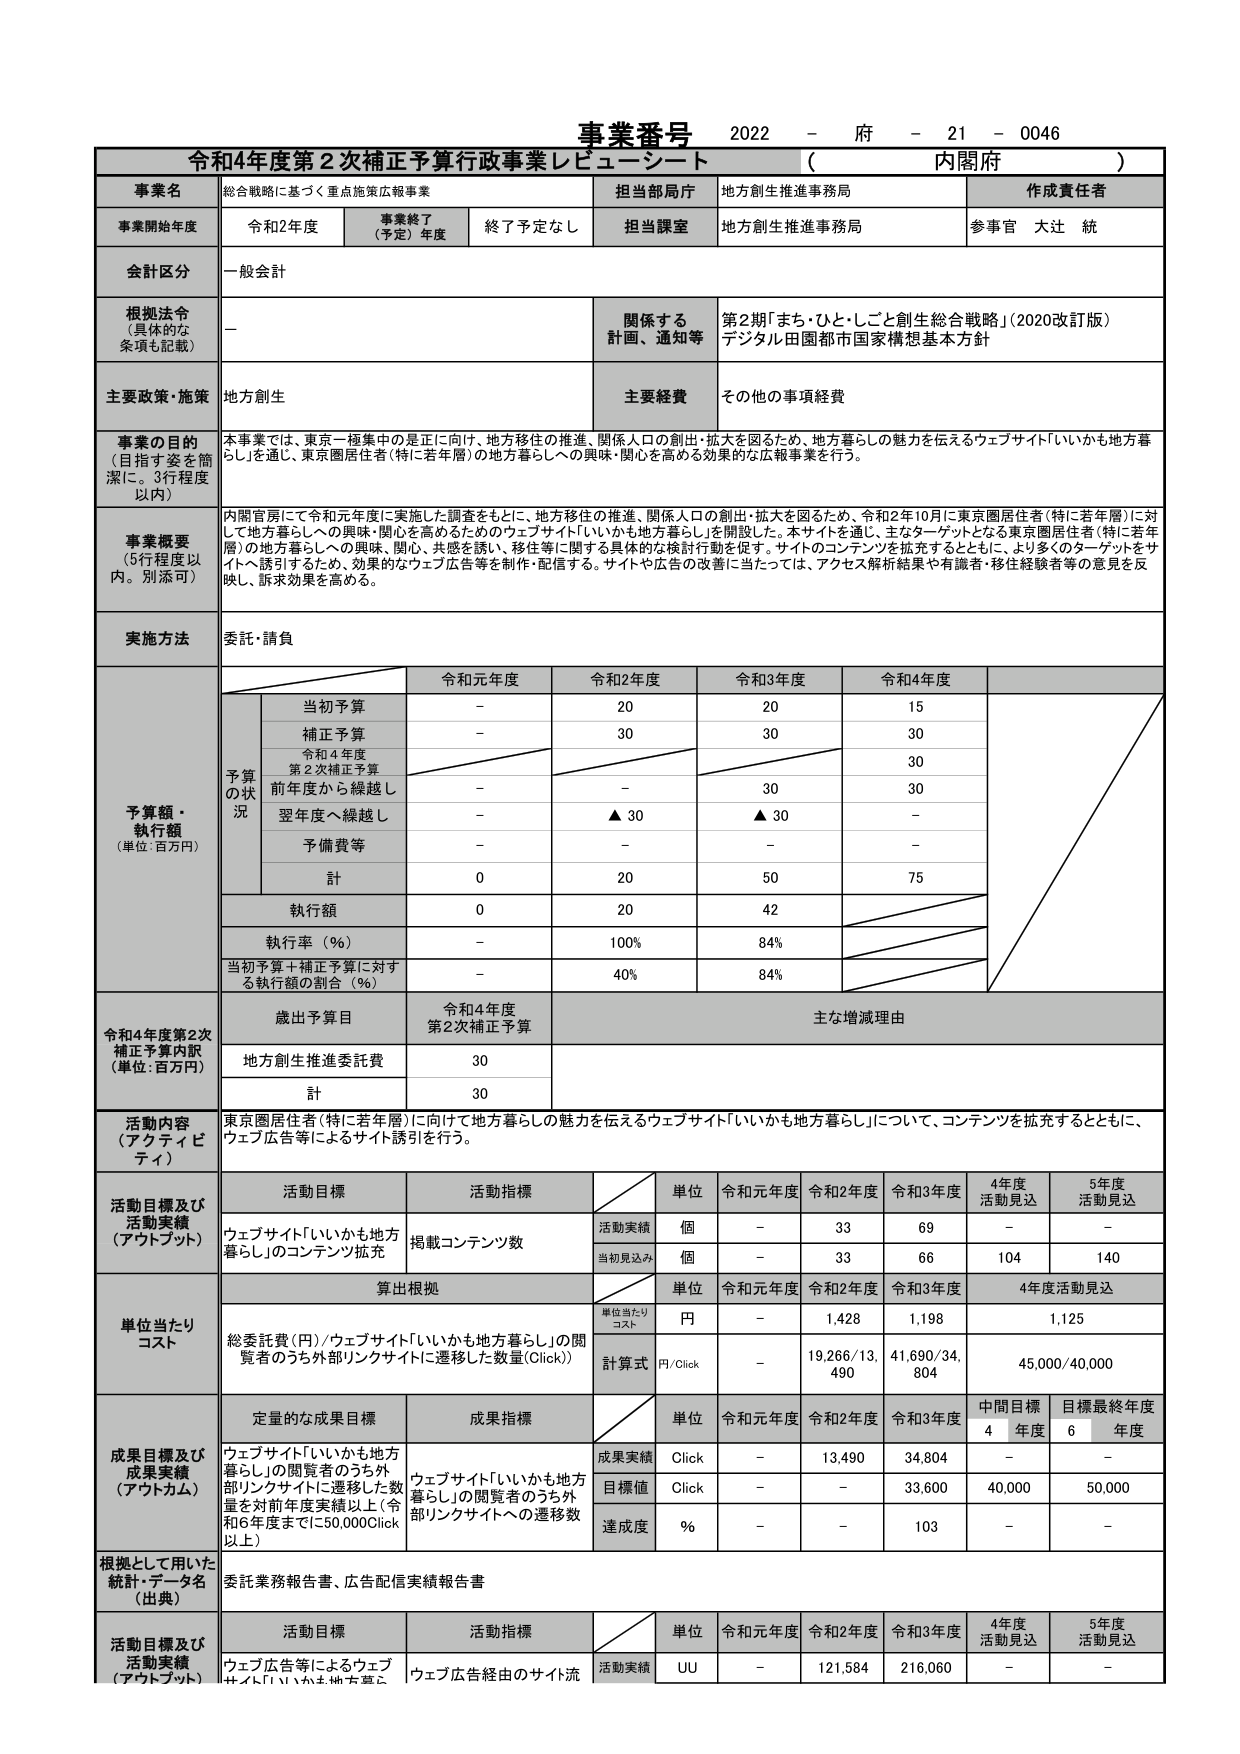
事業番号 2022 - 府 - 21 - 0046
令和4年度第2次補正予算行政事業レビューシート （ 内閣府 ）

事業名 総合戦略に基づく重点施策広報事業
担当部局庁 地方創生推進事務局
作成責任者

事業開始年度 令和2年度 事業終了（予定）年度 終了予定なし 担当課室 地方創生推進事務局 参事官 大辻 統

会計区分 一般会計

根拠法令（具体的な条項も記載） － 関係する計画、通知等 第2期「まち・ひと・しごと創生総合戦略」（2020改訂版） デジタル田園都市国家構想基本方針

主要政策・施策 地方創生 主要経費 その他の事項経費

事業の目的（目指す姿を簡潔に。3行程度以内） 本事業では、東京一極集中の是正に向け、地方移住の推進、関係人口の創出・拡大を図るため、地方暮らしの魅力を伝えるウェブサイト「いいかも地方暮らし」を通じ、東京圏居住者（特に若年層）の地方暮らしへの興味・関心を高める効果的な広報事業を行う。

事業概要（5行程度以内。別添可） 内閣官房にて令和元年度に実施した調査をもとに、地方移住の推進、関係人口の創出・拡大を図るため、令和2年10月に東京圏居住者（特に若年層）に対して地方暮らしへの興味・関心を高めるためのウェブサイト「いいかも地方暮らし」を開設した。本サイトを通じ、主なターゲットとなる東京圏居住者（特に若年層）の地方暮らしへの興味、関心、共感を誘い、移住等に関する具体的な検討行動を促す。サイトのコンテンツを拡充するとともに、より多くのターゲットをサイトへ誘引するため、効果的なウェブ広告等を制作・配信する。サイトや広告の改善に当たっては、アクセス解析結果や有識者・移住経験者等の意見を反映し、訴求効果を高める。

実施方法 委託・請負

予算額・執行額（単位：百万円）
令和元年度 令和2年度 令和3年度 令和4年度
予算の状況
当初予算 － 20 20 15
補正予算 － 30 30 30
令和4年度第2次補正予算 前年度から繰越し － － 30 30
翌年度へ繰越し － ▲30 ▲30 －
予備費等 － － － －
計 0 20 50 75
執行額 0 20 42
執行率（％） － 100% 84%
当初予算＋補正予算に対する執行額の割合（％） － 40% 84%

令和4年度第2次補正予算内訳（単位：百万円）
歳出予算目 令和4年度第2次補正予算 主な増減理由
地方創生推進委託費 30
計 30

活動内容（アクティビティ） 東京圏居住者（特に若年層）に向けて地方暮らしの魅力を伝えるウェブサイト「いいかも地方暮らし」について、コンテンツを拡充するとともに、ウェブ広告等によるサイト誘引を行う。

活動目標及び活動実績（アウトプット）
活動目標 活動指標 単位 令和元年度 令和2年度 令和3年度 4年度活動見込 5年度活動見込
ウェブサイト「いいかも地方暮らし」のコンテンツ拡充 掲載コンテンツ数 活動実績 個 － 33 69 － －
当初見込み 個 － 33 66 104 140

単位当たりコスト
算出根拠 単位 令和元年度 令和2年度 令和3年度 4年度活動見込
総委託費（円）／ウェブサイト「いいかも地方暮らし」の閲覧者のうち外部リンクサイトに遷移した数量（Click）） 単位当たりコスト 円 － 1,428 1,198 1,125
計算式 円/Click － 19,266/13,490 41,690/34,804 45,000/40,000

成果目標及び成果実績（アウトカム）
定量的な成果目標 成果指標 単位 令和元年度 令和2年度 令和3年度 中間目標4年度 目標最終年度6年度
ウェブサイト「いいかも地方暮らし」の閲覧者のうち外部リンクサイトに遷移した数量を対前年度実績以上（令和6年度までに50,000Click以上） ウェブサイト「いいかも地方暮らし」の閲覧者のうち外部リンクサイトへの遷移数 成果実績 Click － 13,490 34,804 － －
目標値 Click － － 33,600 40,000 50,000
達成度 ％ － － 103 － －

根拠として用いた統計・データ名（出典） 委託業務報告書、広告配信実績報告書

活動目標及び活動実績（アウトプット）
活動目標 活動指標 単位 令和元年度 令和2年度 令和3年度 4年度活動見込 5年度活動見込
ウェブ広告等によるウェブサイト「いいかも地方暮らし」への誘導 ウェブ広告経由のサイト流入 活動実績 UU － 121,584 216,060 － －